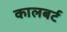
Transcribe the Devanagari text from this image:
कालबर्ट